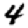
Digit: 4